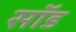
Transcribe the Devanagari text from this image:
सॉड